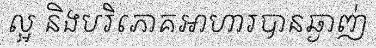
ល្អ និងបរិភោគអាហារបានឆ្ងាញ់